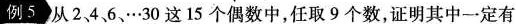
例5 从2、4、6、…30这15个偶数中，任取9个数，证明其中一定有